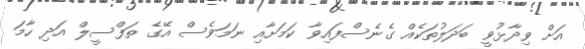
އަށް ވިދާޅުވީ ބަދަލުތަކެއް ގެނެސްފައިވާ ކަމަށާއި ނަމަވެސް އޭގެ ތަފްސީލް އަދި ހާމަ